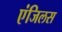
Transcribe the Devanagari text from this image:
एंजिलस